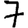
Digit: 7